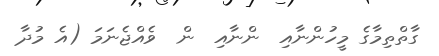
ގާތްތިމާގެ މީހުންނާއި  ންނާއި  ން  ވެއްޖެނަމަ (އެ މުދާ